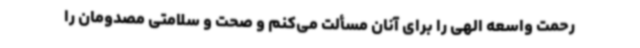
رحمت واسعه الهی را برای آنان مسألت می‌کنم و صحت و سلامتی مصدومان را